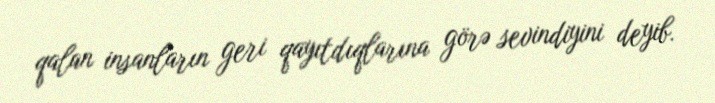
qalan insanların geri qayıtdıqlarına görə sevindiyini deyib.